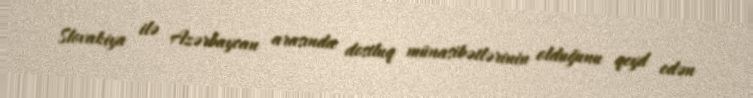
Slovakiya ilə Azərbaycan arasında dostluq münasibətlərinin olduğunu qeyd edən